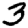
Digit: 3